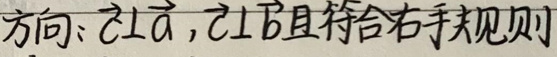
方向：$\vec{c}\perp\vec{a},\vec{c}\perp\vec{b}$且符合右手规则